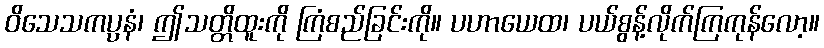
ဝိသေသကပ္ပနံ၊ ဤသတ္တိထူးကို ကြံစည်ခြင်းကို။ ပဟာယေထ၊ ပယ်စွန့်လိုက်ကြကုန်လော့။